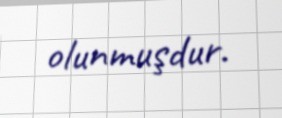
olunmuşdur.